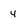
Character: 4